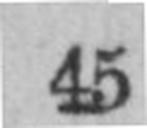
45